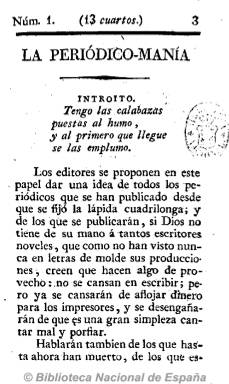
Título: La Periódico-manía (Madrid)
Otros títulos: Periódico manía || Periodicomanía || La Periódico manía
Colección: Periódicos anteriores a 1850
Ámbito geográfico: Madrid
Lugar de publicación: Madrid
Fechas: 01/01/1820-31/12/1821

Se trata de “una de las más originales, mordaces y atrevidas” publicaciones periódicas, a juicio de Pedro Gómez Aparicio, que se editan tras la jura de la Constitución de 1812 por Fernando VII, en marzo de 1820, en cuyas páginas aparecen las semblanzas y epitafios (generalmente en verso) de unas 86 publicaciones, entre periódicos, folletos y otros opúsculos, durante la fiebre periodística desatada al comienzo del Trienio Liberal. Sus textos están escritos con un estilo satírico y sarcástico, y su dirección ha sido atribuida al periodista y abogado afrancesado conocido como Francisco Camborda, cuyo verdadero nombre fue Fernando Leandro Camborda y Núñez (1769-1823).

En números de una veintena de páginas, que fue aumentando hasta alcanzar la cuarentena, debió aparecer semanalmente, sin indicación de fecha en su cabecera, hasta comienzos de 1821. Comenzó saliendo de la imprenta de Collado y después fue estampada por la Viuda de Aznar. Al final se convirtió en una publicación política y anticlerical. Analizada por Enrique Rubio Cremades, es básica para darse una idea de la eclosión periodística de este segundo periodo liberal de la España contemporánea.